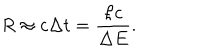
LaTeX: R \approx c \Delta t = \frac { \hbar c } { \Delta E } .